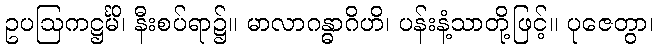
ဥပဩကဋ္ဌင်္မိ၊ နီးစပ်ရာ၌။ မာလာဂန္ဓာဂိဟိ၊ ပန်းနံ့သာတို့ဖြင့်။ ပုဇေတွာ၊